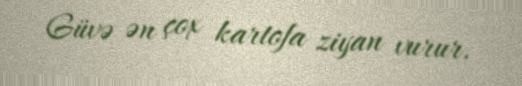
Güvə ən çox kartofa ziyan vurur.